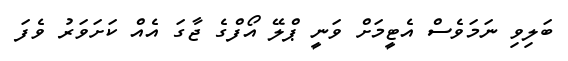
ބަލިވި ނަމަވެސް އެޓީމަށް ވަނީ ޕްލޭ އޯފްގެ ޖާގަ އެއް ކަށަވަރު ވެފަ